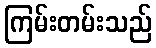
ကြမ်းတမ်းသည်